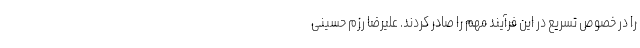
را در خصوص تسریع در این فرآیند مهم را صادر کردند. علیرضا رزم حسینی